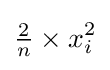
{\tfrac {2}{n}}\times x_{i}^{2}